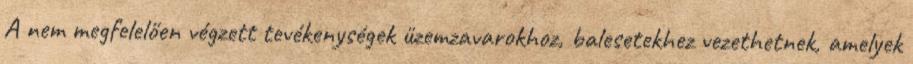
A nem megfelelően végzett tevékenységek üzemzavarokhoz, balesetekhez vezethetnek, amelyek